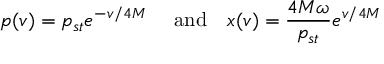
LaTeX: p ( v ) = p _ { s t } e ^ { - v / 4 M } \quad \mathrm { ~ a n d } \quad x ( v ) = { \frac { 4 M \omega } { p _ { s t } } } e ^ { v / 4 M }